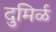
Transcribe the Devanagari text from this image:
दुमिर्ळ